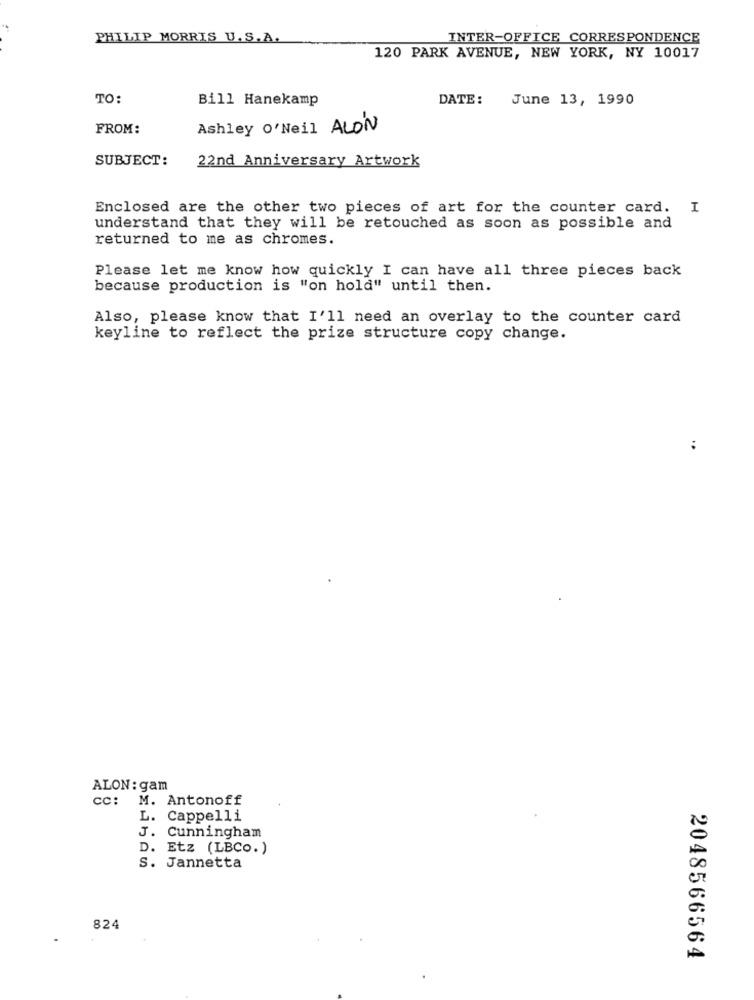
PHILIP MORRIS U.S.A.
INTER-OFFICE CORRESPONDENCE
120 PARK AVENUE, NEW YORK, NY 10017
TO:
Bill Hanekamp
DATE: June 13, 1990
FROM:
Ashley O'Neil ALON
SUBJECT:
22nd Anniversary Artwork
Enclosed are the other two pieces of art for the counter card. I
understand that they will be retouched as soon as possible and
returned to me as chromes.
Please let me know how quickly I can have all three pieces back
because production is "on hold" until then.
Also, please know that I'll need an overlay to the counter card
keyline to reflect the prize structure copy change.
..
ALON: gam
cc:
M. Antonoff
L. Cappelli
J. Cunningham
D. Etz (LBCo.)
S. Jannetta
824
2048566564